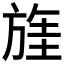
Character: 𱡶